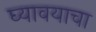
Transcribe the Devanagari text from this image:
घ्‍यावयाचा